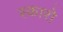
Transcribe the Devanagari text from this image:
स्कारो